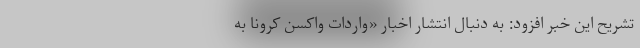
تشریح این خبر افزود: به دنبال انتشار اخبار «واردات واکسن کرونا به